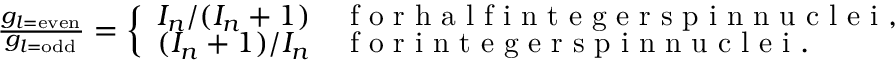
\begin{array} { r } { \frac { g _ { l = \mathrm { e v e n } } } { g _ { l = \mathrm { o d d } } } = \left\{ \begin{array} { l l } { I _ { n } / ( I _ { n } + 1 ) } & { \mathrm { ~ f ~ o ~ r ~ h ~ a ~ l ~ f ~ i ~ n ~ t ~ e ~ g ~ e ~ r ~ s ~ p ~ i ~ n ~ n ~ u ~ c ~ l ~ e ~ i ~ , ~ } } \\ { ( I _ { n } + 1 ) / I _ { n } } & { \mathrm { ~ f ~ o ~ r ~ i ~ n ~ t ~ e ~ g ~ e ~ r ~ s ~ p ~ i ~ n ~ n ~ u ~ c ~ l ~ e ~ i ~ . ~ } } \end{array} \right. } \end{array}